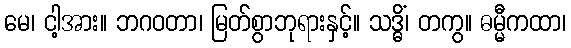
မေ၊ ငါ့အား။ ဘဂဝတာ၊ မြတ်စွာဘုရားနှင့်။ သဒ္ဓိံ၊ တကွ။ ဓမ္မီကထာ၊